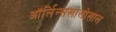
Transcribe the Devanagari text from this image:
ऑर्लिन्सखालोखाल